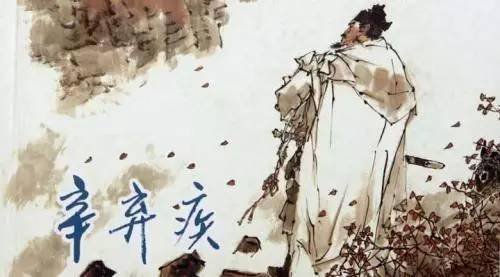
但从今记取楚楼风，裴台月。